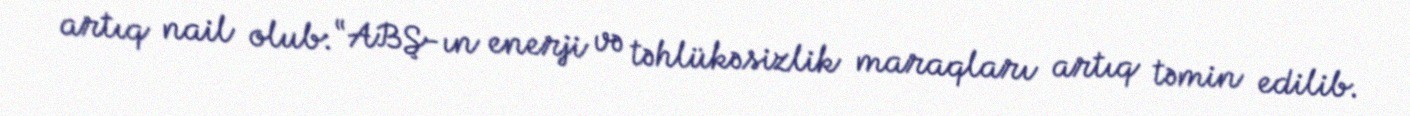
artıq nail olub: “ABŞ-ın enerji və təhlükəsizlik maraqları artıq təmin edilib.